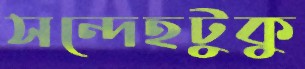
সন্দেহটুকু